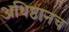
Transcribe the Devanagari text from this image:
अधिष्ठानच